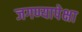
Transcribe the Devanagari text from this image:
जगण्यापेक्षा